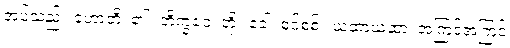
အပ်သည်။ ဟောတိ၊ ၏။ ဘိက္ခဝေ၊ တို့။ ခေါ၊ စင်စစ်။ ယထာယထာ၊ အကြင်အကြင်